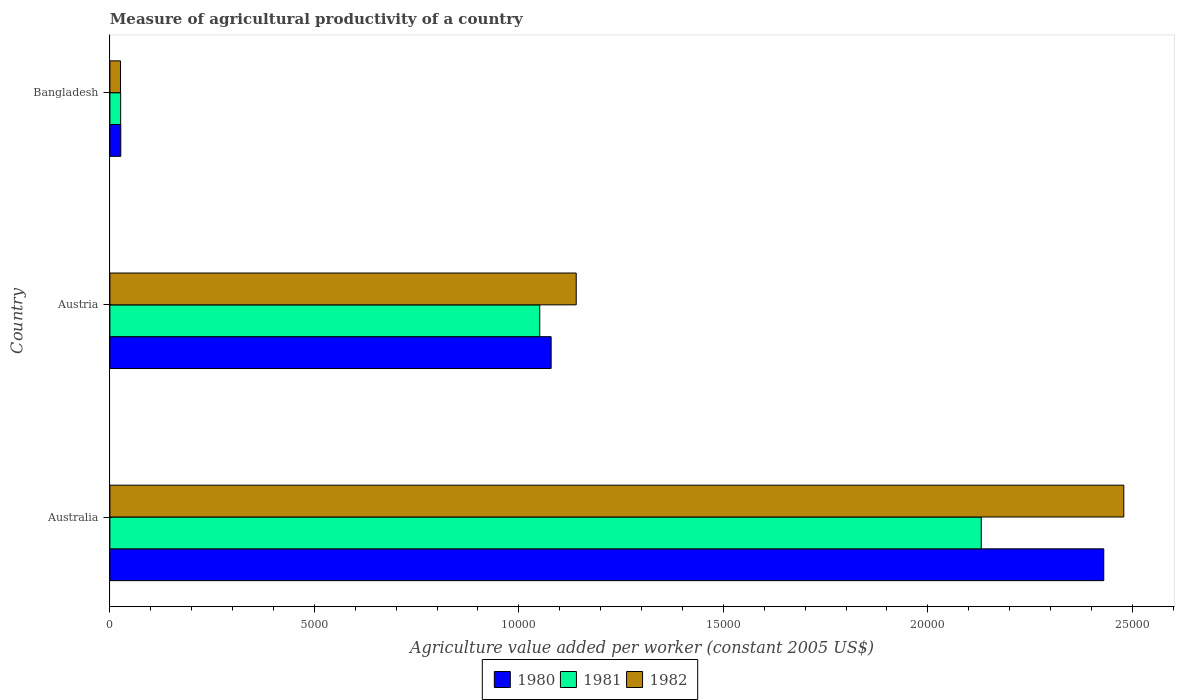
| Country | 1980 | 1981 | 1982 |
 | --- | --- | --- | --- |
 | Australia | 2.43e+04 | 2.13e+04 | 2.48e+04 |
 | Austria | 1.08e+04 | 1.05e+04 | 1.14e+04 |
 | Bangladesh | 266 | 263 | 260 |